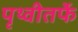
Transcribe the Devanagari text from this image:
पृथ्वीतर्फे